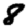
Digit: 8